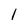
Character: 1